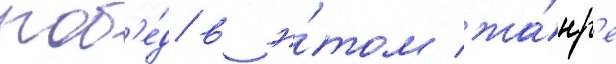
поб'е́д в э́том жа́нр'е